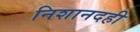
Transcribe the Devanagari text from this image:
निशानदही